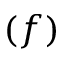
( f )